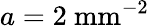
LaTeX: a=2~\textrm{mm}^{-2}